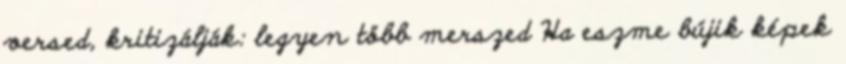
versed, kritizálják: legyen több merszed Ha eszme bújik képek